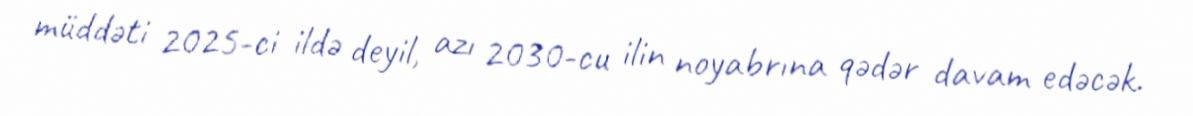
müddəti 2025-ci ildə deyil, azı 2030-cu ilin noyabrına qədər davam edəcək.